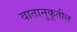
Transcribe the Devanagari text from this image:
वातानुकूतील